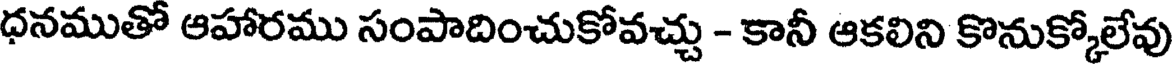
ధనముతో ఆహారము సంపాదించుకోవచ్చు - కానీ ఆకలిని కొనుక్కోలేవు